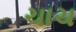
ચાચ